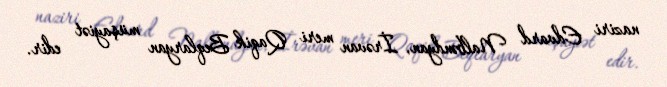
naziri Edvard Nalbəndyan, İrəvan meri Qaqik Beqlaryan müşayiət edir.